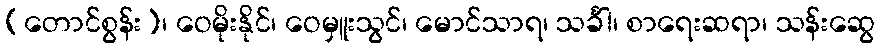
(တောင်စွန်း)၊ ဝေမိုးနိုင်၊ ဝေမှူးသွင်၊ မောင်သာရ၊ သင်္ခါ၊ စာရေးဆရာ၊ သန်းဆွေ